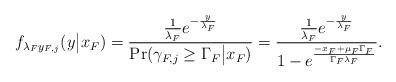
LaTeX: \begin{align*}f_{\lambda_F y_{F,j}}(y \big|x_F)=\frac{\frac{1}{\lambda_F}e^{-\frac{y}{\lambda_F}}}{\Pr(\gamma_{F,j} \geq \Gamma_F \big|x_F)}=\frac{\frac{1}{\lambda_F}e^{-\frac{y}{\lambda_F}}}{1-e^{\frac{-x_F+\mu_F\Gamma_F}{\Gamma_F \lambda_F}}}.\end{align*}